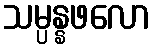
သမ္ပန္နဖလော